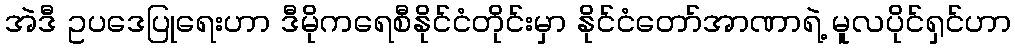
အဲဒီ ဥပဒေပြုရေးဟာ ဒီမိုကရေစီနိုင်ငံတိုင်းမှာ နိုင်ငံတော်အာဏာရဲ့ မူလပိုင်ရှင်ဟာ